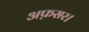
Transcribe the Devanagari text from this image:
अफ़सर।